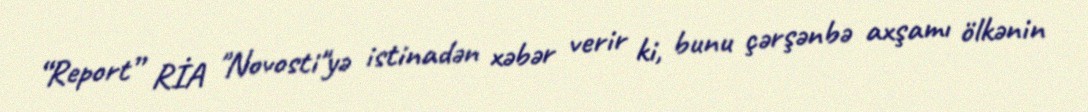
“Report” RİA "Novosti"yə istinadən xəbər verir ki, bunu çərşənbə axşamı ölkənin